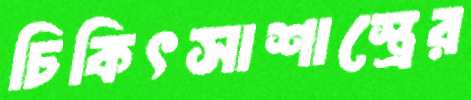
চিকিৎসাশাস্ত্রের